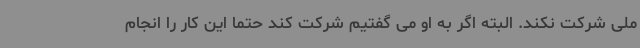
ملی شرکت نکند. البته اگر به او می گفتیم شرکت کند حتما این کار را انجام